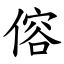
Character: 傛